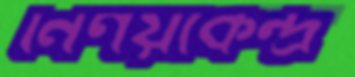
নির্ণয়কেন্দ্র